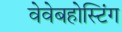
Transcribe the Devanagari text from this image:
वेवेबहोस्टिंग